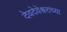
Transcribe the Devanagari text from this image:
देवदेवेश्वराच्या